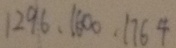
1 2 9 6 , 1 6 0 0 , 1 7 6 4